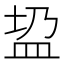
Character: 𱲎